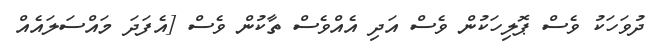
ދުވަހަކު ވެސް ޕޮލިހަކުން ވެސް އަދި އެއްވެސް ތާކުން ވެސް [އެފަދަ މައްސަލައެއް